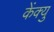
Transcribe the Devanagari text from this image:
केंक्यु